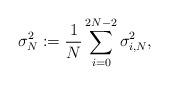
LaTeX: \begin{align*} \sigma^2_N:=\frac{1}{N}\sum_{i=0}^{2N-2}\sigma^2_{i,N},\end{align*}